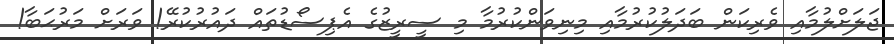
ޖަލަށްލުމާއި ވެރިކަން ބަދަލުކުރުމާއި މިނިވަންކުރުމާ މި ސީރީޒުގެ އެޕިސޯޑުތައް ދައުރުކުރޭ! ވަރަށް މަރުޙަބާ!